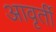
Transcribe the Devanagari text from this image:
आवृर्ती